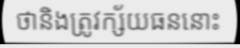
ថានិងត្រូវក្ស័យធននោះ